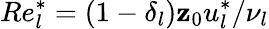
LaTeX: Re_{l}^{*}=(1-\delta_{l})\mathbf{z}_{0}u_{l}^{*}/\nu_{l}